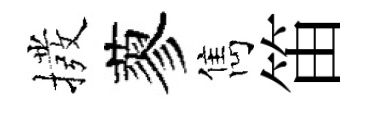
撥蓼雋笛